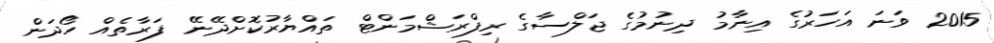
2015 ވަނަ އަހަރުގެ އިނާމު ދިނުމުގެ ޖަލްސާގެ ރިފްރަޝްމަންޓް ތައްޔާރުކޮށްދޭނޭ ފަރާތެއް ހޯދަން